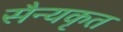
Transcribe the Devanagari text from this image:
सैन्यकृत